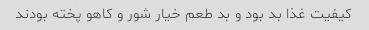
کیفیت غذا بد بود و بد طعم خیار شور و کاهو پخته بودند